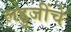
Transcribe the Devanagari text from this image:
लहुजींचे